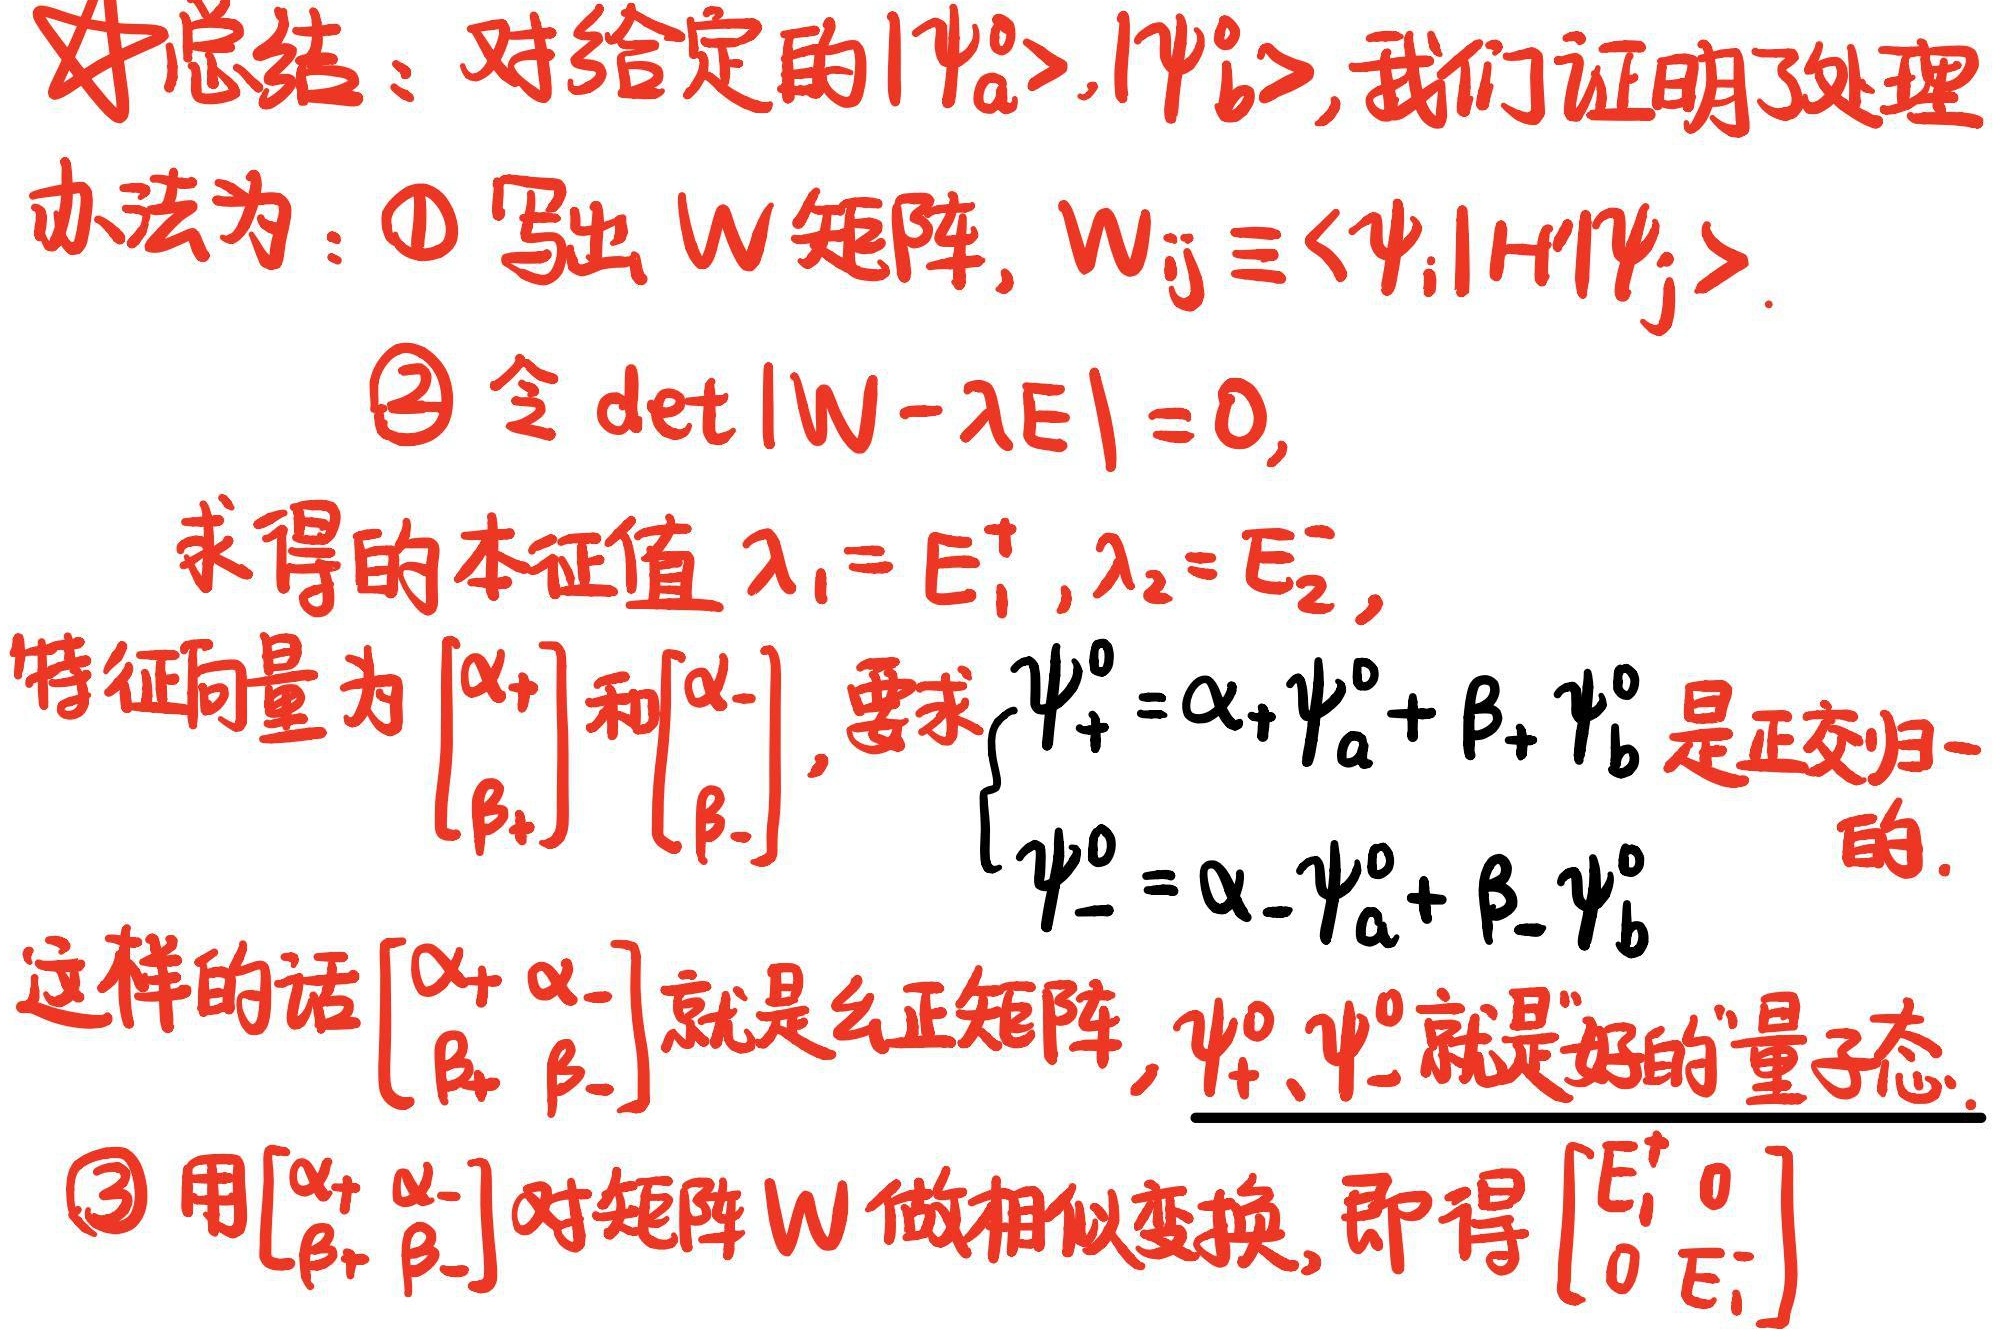
**总结**：对给定的 \(|\psi_{a}^{0}\rangle,|\psi_{b}^{0}\rangle\)，我们证明了处理办法为：\textcircled{1} 写出 \(W\) 矩阵， \(W_{ij}\equiv\langle\psi_{i}|H|\psi_{j}\rangle\)。\textcircled{2} 令 \(\text{det}|W - \lambda E| = 0\)，求得的本征值 \(\lambda_{1}=E_{1}^{+},\lambda_{2}=E_{2}^{-}\)，特征向量为 \(\begin{bmatrix}\alpha_{+}\\\beta_{+}\end{bmatrix}\) 和 \(\begin{bmatrix}\alpha_{-}\\\beta_{-}\end{bmatrix}\)，要求 \(\begin{cases}\psi_{+}^{0}=\alpha_{+}\psi_{a}^{0}+\beta_{+}\psi_{b}^{0}\\\psi_{-}^{0}=\alpha_{-}\psi_{a}^{0}+\beta_{-}\psi_{b}^{0}\end{cases}\) 是正交归一的。这样的话 \(\begin{bmatrix}\alpha_{+}&\alpha_{-}\\\beta_{+}&\beta_{-}\end{bmatrix}\) 就是幺正矩阵， \(\psi_{+}^{0},\psi_{-}^{0}\) 就是“好的”量子态。\textcircled{3} 用 \(\begin{bmatrix}\alpha_{+}&\alpha_{-}\\\beta_{+}&\beta_{-}\end{bmatrix}\) 对矩阵 \(W\) 做相似变换，即得 \(\begin{bmatrix}E_{1}^{+}&0\\0&E_{2}^{-}\end{bmatrix}\) 。